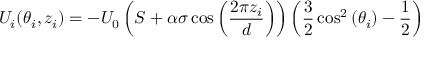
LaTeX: U _ { i } ( \theta _ { i } , z _ { i } ) = - U _ { 0 } \left( S + \alpha \sigma \cos \left( { \frac { 2 \pi z _ { i } } { d } } \right) \right) \left( { \frac { 3 } { 2 } } \cos ^ { 2 } \left( \theta _ { i } \right) - { \frac { 1 } { 2 } } \right)